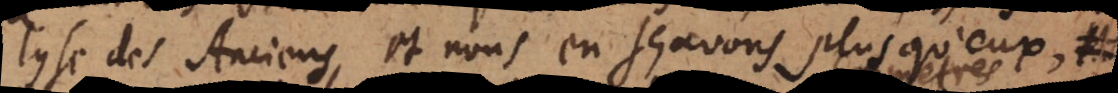
lyse des Anciens, et nous en sçavons plus qu’eux.